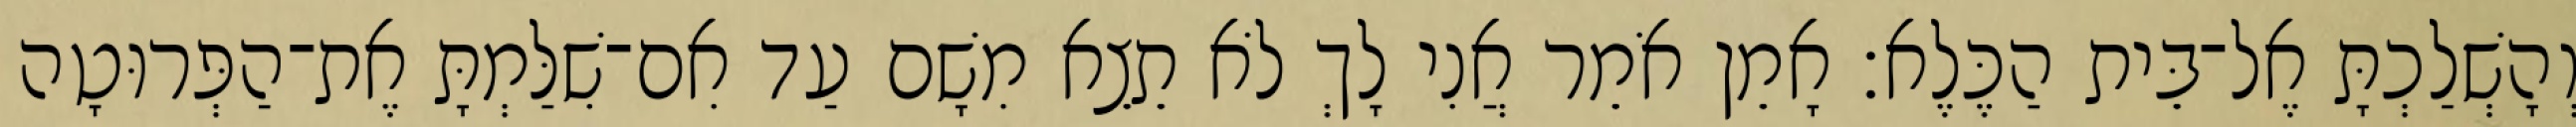
וְהָשְׁלַכְתָּ אֶל־בֵּית הַכֶּלֶא׃ אָמֵן אֹמֵר אֲנִי לָךְ לֹא תֵצֵא מִשָׁם עַד אִם־שִׁלַּמְתָּ אֶת־הַפְּרוּטָה